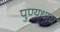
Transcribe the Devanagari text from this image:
पुण्यधारा